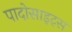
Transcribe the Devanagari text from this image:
पादोसाइट्स